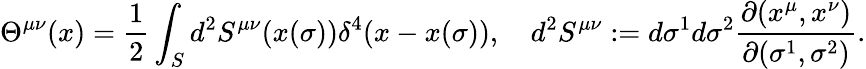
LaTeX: \Theta^{\mu\nu}(x)={\frac{1}{2}}\int_{S}d^{2}S^{\mu\nu}(x(\sigma))\delta^{4}(x-x(\sigma)),\quad d^{2}S^{\mu\nu}:=d\sigma^{1}d\sigma^{2}{\frac{\partial(x^{\mu},x^{\nu})}{\partial(\sigma^{1},\sigma^{2})}}.